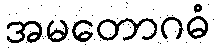
အမတောဂဓံ